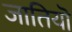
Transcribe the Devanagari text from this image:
जातियॊ